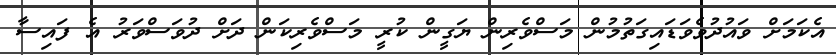
އެކަމަށް ވައުދުވެވަޑައިގަތުމުން މަސްވެރިން ޔަގީން ކުރީ މަސްވެރިކަން ދަށް ދުވަސްވަރު އެ ފައިސާ